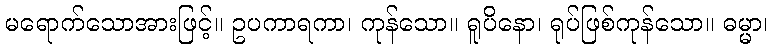
မရောက်သောအားဖြင့်။ ဥပကာရကာ၊ ကုန်သော။ ရူပိနော၊ ရုပ်ဖြစ်ကုန်သော။ ဓမ္မာ၊